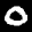
Label: 0